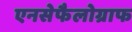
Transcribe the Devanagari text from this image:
एनसेफैलोग्राफ